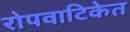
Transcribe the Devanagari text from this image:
रोपवाटिकेत